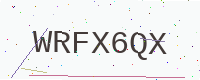
Text: WRFX6QX